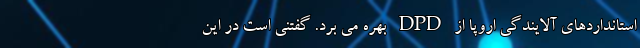
استانداردهای آلایندگی اروپا از DPD بهره می برد. گفتنی است در این